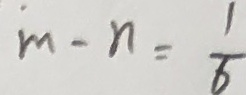
m - n = \frac { 1 } { 6 }